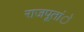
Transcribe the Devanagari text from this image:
राजपूतांे